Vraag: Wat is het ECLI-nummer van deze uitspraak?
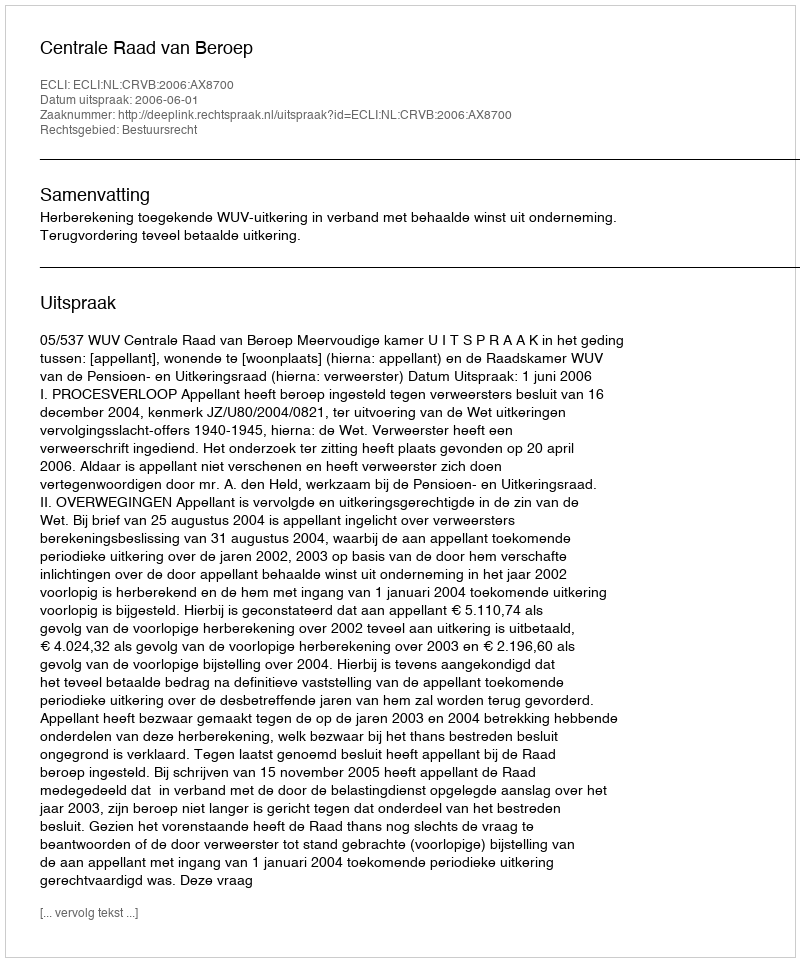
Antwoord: ECLI:NL:CRVB:2006:AX8700